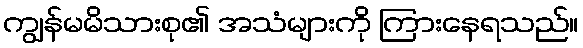
ကျွန်မမိသားစု၏ အသံများကို ကြားနေရသည်။